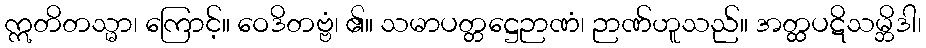
ဣတိတသ္မာ၊ ကြောင့်။ ဝေဒိတဗ္ဗံ၊ ၏။ သမာပတ္တဋ္ဌေဉာဏံ၊ ဉာဏ်ဟူသည်။ အတ္ထပဋိသမ္ဘိဒါ၊